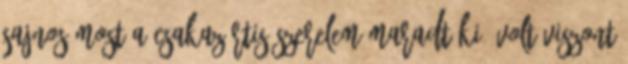
sajnos most a Csakazértis szerelem maradt ki. Volt viszont